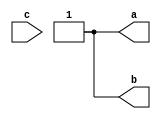
module block_and_non_block(a,b,c);
input  c;
reg c_reg ;
output reg b,a;
reg temp;
initial begin
    c_reg = 0;
     temp = 1;
    a = 0;b= 0;
end
    always @(temp) begin
        // c = 1;
         temp = 0;
        c_reg<=1;
        a <= c_reg;
        b = c_reg;
        $display(a," ",b," ",c);
    end

endmodule